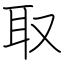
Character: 取